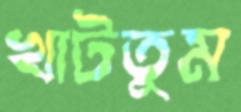
খাটতুম